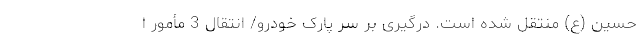
حسین (ع) منتقل شده است. درگیری بر سر پارک خودرو/ انتقال 3 مأمور ا